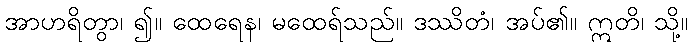
အာဟရိတွာ၊ ၍။ ထေရေန၊ မထေရ်သည်။ ဒဿိတံ၊ အပ်၏။ ဣတိ၊ သို့။